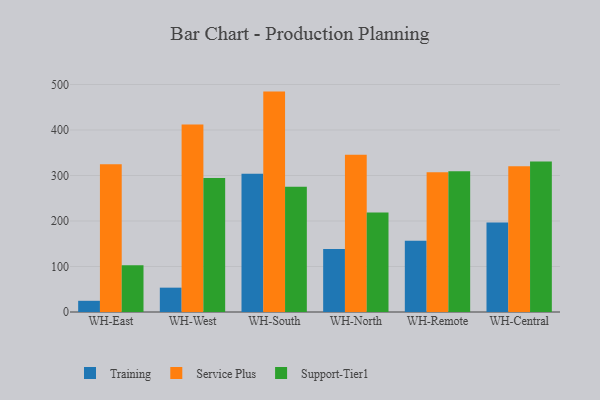
{"axis": {"x": "Warehouse", "y": "Production Output"}, "legend": ["Service Plus", "Support-Tier1", "Training"], "data": [{"x": "WH-East", "y": 24.6, "type": "Training"}, {"x": "WH-East", "y": 324.7, "type": "Service Plus"}, {"x": "WH-East", "y": 102.8, "type": "Support-Tier1"}, {"x": "WH-West", "y": 53.5, "type": "Training"}, {"x": "WH-West", "y": 412.1, "type": "Service Plus"}, {"x": "WH-West", "y": 294.6, "type": "Support-Tier1"}, {"x": "WH-South", "y": 303.6, "type": "Training"}, {"x": "WH-South", "y": 484.4, "type": "Service Plus"}, {"x": "WH-South", "y": 275.1, "type": "Support-Tier1"}, {"x": "WH-North", "y": 138.5, "type": "Training"}, {"x": "WH-North", "y": 345.8, "type": "Service Plus"}, {"x": "WH-North", "y": 218.8, "type": "Support-Tier1"}, {"x": "WH-Remote", "y": 156.6, "type": "Training"}, {"x": "WH-Remote", "y": 307.1, "type": "Service Plus"}, {"x": "WH-Remote", "y": 309.3, "type": "Support-Tier1"}, {"x": "WH-Central", "y": 196.9, "type": "Training"}, {"x": "WH-Central", "y": 320.1, "type": "Service Plus"}, {"x": "WH-Central", "y": 330.6, "type": "Support-Tier1"}]}